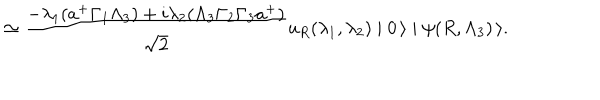
\simeq \frac { - \lambda _ { 1 } ( a ^ { + } \Gamma _ { 1 } \Lambda _ { 3 } ) + i \lambda _ { 2 } ( \Lambda _ { 3 } \Gamma _ { 2 } \Gamma _ { 3 } a ^ { + } ) } { \sqrt { 2 } } u _ { R } ( \lambda _ { 1 } , \lambda _ { 2 } ) \mid 0 \, \rangle \mid \psi ( R , \Lambda _ { 3 } ) \, \rangle .